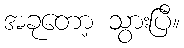
အခုတော့ သွားပြီ။